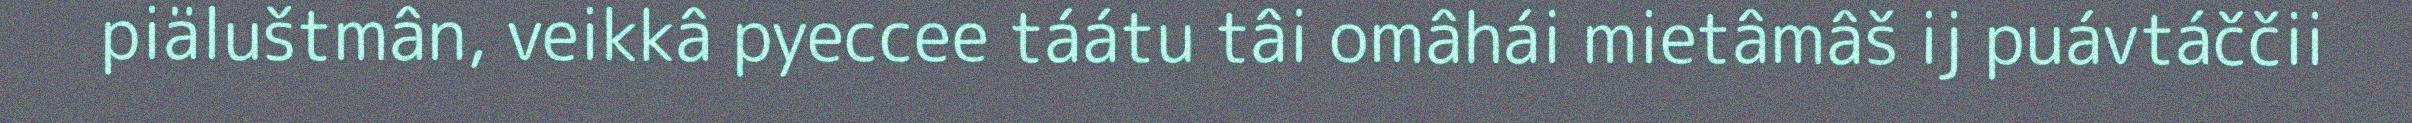
piäluštmân, veikkâ pyeccee táátu tâi omâhái mietâmâš ij puávtáččii